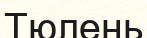
Тюлень